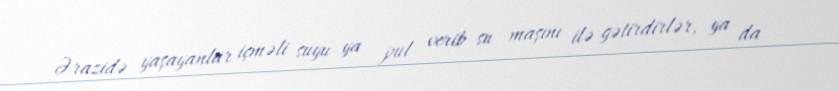
Ərazidə yaşayanlar içməli suyu ya pul verib su maşını ilə gətirdirlər, ya da